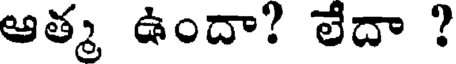
ఆత్మ ఉందా? లేదా ?